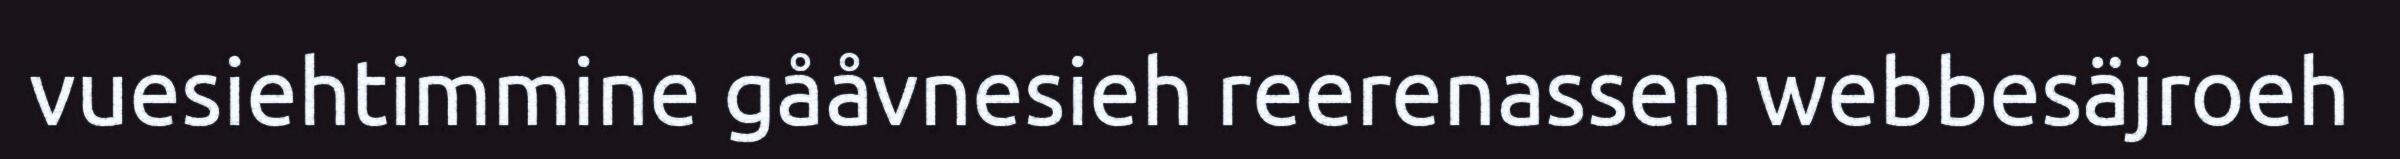
vuesiehtimmine gååvnesieh reerenassen webbesäjroeh